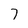
Character: 7